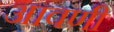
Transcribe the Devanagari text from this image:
आवणी